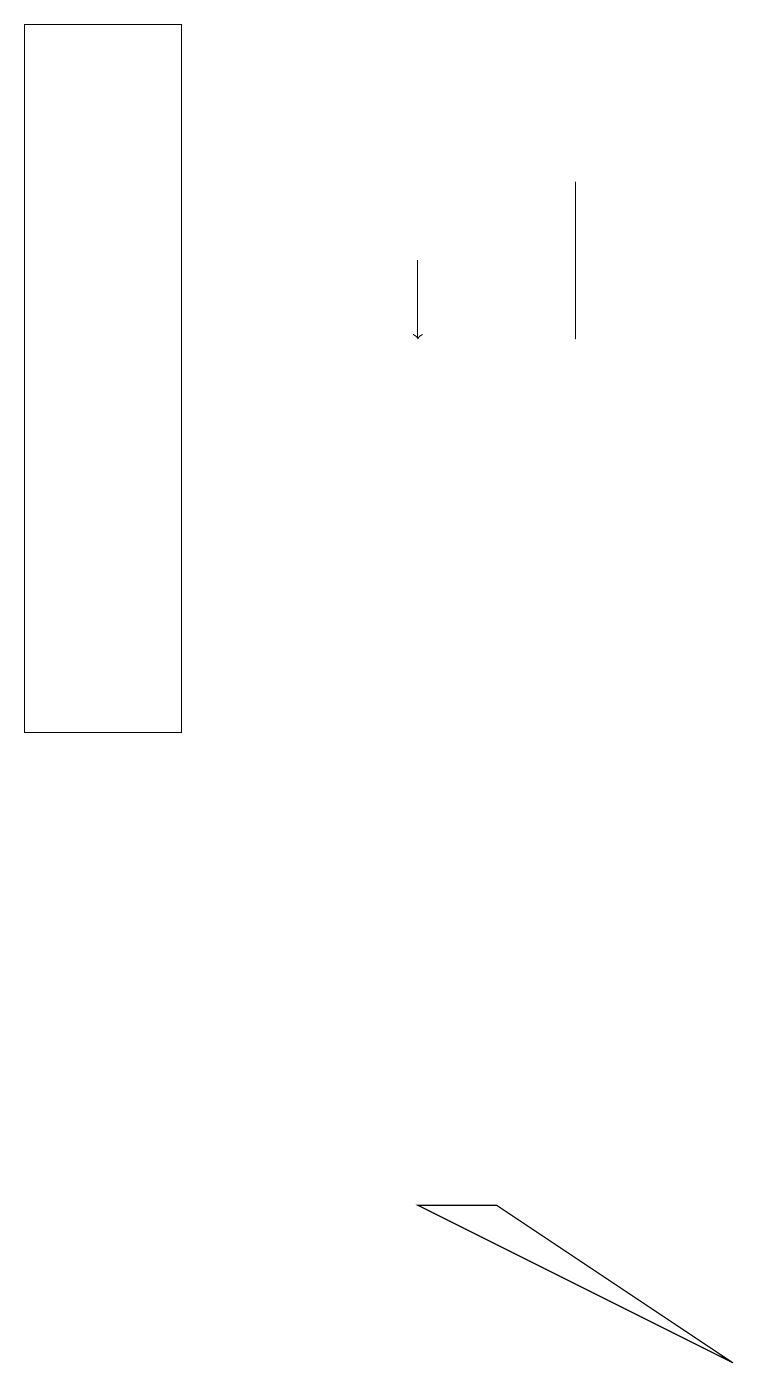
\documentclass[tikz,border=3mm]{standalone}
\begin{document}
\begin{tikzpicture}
\draw (0,10) rectangle (2,19);
\draw[->] (5,16) -- (5,15);
\draw (7,17) rectangle (7,15);
\draw (9,2) -- (5,4) -- (6,4) -- cycle;
\draw (2,19) rectangle (2,15);
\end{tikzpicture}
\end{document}